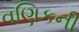
વણિકની